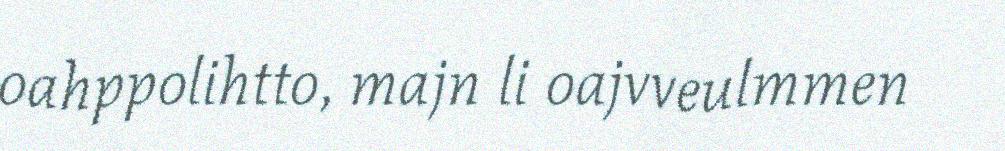
oahppolihtto, majn li oajvveulmmen